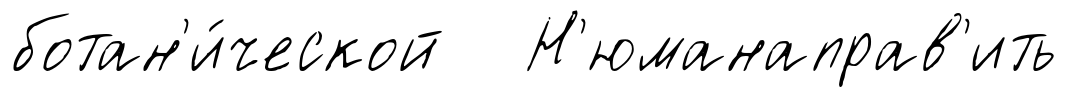
ботан'и́ческой Н'юманаправ'ить